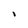
Character: I